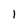
Character: 1